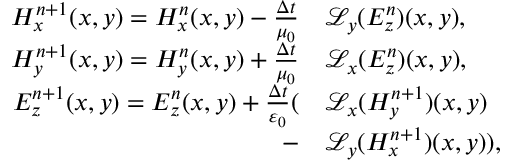
\begin{array} { r l } { H _ { x } ^ { n + 1 } ( x , y ) = H _ { x } ^ { n } ( x , y ) - \frac { \Delta t } { \mu _ { 0 } } } & { \mathcal { L } _ { y } ( E _ { z } ^ { n } ) ( x , y ) , } \\ { H _ { y } ^ { n + 1 } ( x , y ) = H _ { y } ^ { n } ( x , y ) + \frac { \Delta t } { \mu _ { 0 } } } & { \mathcal { L } _ { x } ( E _ { z } ^ { n } ) ( x , y ) , } \\ { E _ { z } ^ { n + 1 } ( x , y ) = E _ { z } ^ { n } ( x , y ) + \frac { \Delta t } { \varepsilon _ { 0 } } ( } & { \mathcal { L } _ { x } ( H _ { y } ^ { n + 1 } ) ( x , y ) } \\ { - } & { \mathcal { L } _ { y } ( H _ { x } ^ { n + 1 } ) ( x , y ) ) , } \end{array}